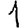
Digit: 1